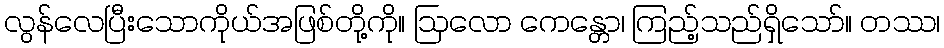
လွန်လေပြီးသောကိုယ်အဖြစ်တို့ကို။ ဩလော ကေန္တော၊ ကြည့်သည်ရှိသော်။ တဿ၊